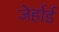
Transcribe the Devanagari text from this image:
जेर्हार्ड